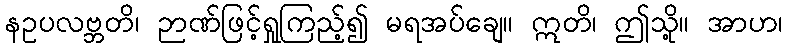
နဥပလဗ္ဘတိ၊ ဉာဏ်ဖြင့်ရှုကြည့်၍ မရအပ်ချေ။ ဣတိ၊ ဤသို့။ အာဟ၊